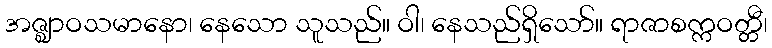
အဇ္ဈာဝသမာနော၊ နေသော သူသည်။ ဝါ၊ နေသည်ရှိသော်။ ရာဇာစက္ကဝတ္တီ၊